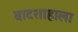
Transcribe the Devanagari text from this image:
बादशाहाला